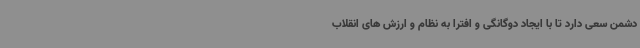
دشمن سعی دارد تا با ایجاد دوگانگی و افترا به نظام و ارزش های انقلاب